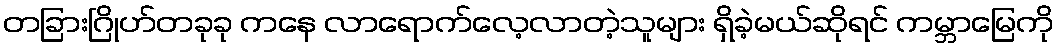
တခြားဂြိုဟ်တခုခု ကနေ လာရောက်လေ့လာတဲ့သူများ ရှိခဲ့မယ်ဆိုရင် ကမ္ဘာမြေကို